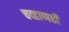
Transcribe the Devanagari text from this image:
चव्हाणही